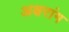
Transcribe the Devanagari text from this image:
अक्षरांग